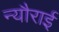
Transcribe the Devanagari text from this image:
न्यौराई